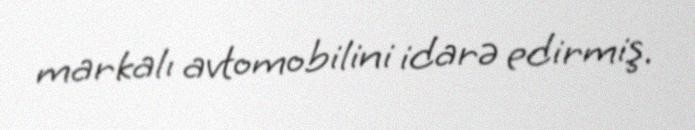
markalı avtomobilini idarə edirmiş.